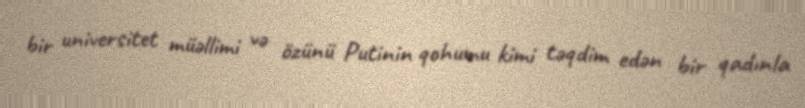
bir universitet müəllimi və özünü Putinin qohumu kimi təqdim edən bir qadınla